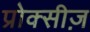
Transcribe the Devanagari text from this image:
प्रोक्सीज़